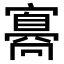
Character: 𡫛